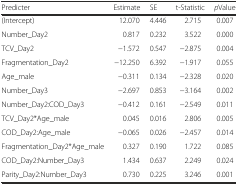
<table><thead><tr><td><b>Predicter</b></td><td><b>Estimate</b></td><td><b>SE</b></td><td><b>t-Statistic</b></td><td><b><i>p</i>Value</b></td></tr></thead><tbody><tr><td>(Intercept)</td><td>12.070</td><td>4.446</td><td>2.715</td><td>0.007</td></tr><tr><td>Number_Day2</td><td>0.817</td><td>0.232</td><td>3.522</td><td>0.000</td></tr><tr><td>TCV_Day2</td><td>−1.572</td><td>0.547</td><td>−2.875</td><td>0.004</td></tr><tr><td>Fragmentation_Day2</td><td>−12.250</td><td>6.392</td><td>−1.917</td><td>0.055</td></tr><tr><td>Age_male</td><td>−0.311</td><td>0.134</td><td>−2.328</td><td>0.020</td></tr><tr><td>Number_Day3</td><td>−2.697</td><td>0.853</td><td>−3.164</td><td>0.002</td></tr><tr><td>Number_Day2:COD_Day3</td><td>−0.412</td><td>0.161</td><td>−2.549</td><td>0.011</td></tr><tr><td>TCV_Day2*Age_male</td><td>0.045</td><td>0.016</td><td>2.806</td><td>0.005</td></tr><tr><td>COD_Day2:Age_male</td><td>−0.065</td><td>0.026</td><td>−2.457</td><td>0.014</td></tr><tr><td>Fragmentation_Day2*Age_male</td><td>0.327</td><td>0.190</td><td>1.722</td><td>0.085</td></tr><tr><td>COD_Day2:Number_Day3</td><td>1.434</td><td>0.637</td><td>2.249</td><td>0.024</td></tr><tr><td>Parity_Day2:Number_Day3</td><td>0.730</td><td>0.225</td><td>3.246</td><td>0.001</td></tr></tbody></table>